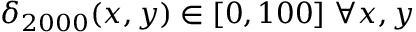
\delta _ { 2 0 0 0 } ( x , y ) \in [ 0 , 1 0 0 ] \; \forall x , y